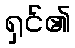
ရှင်၏